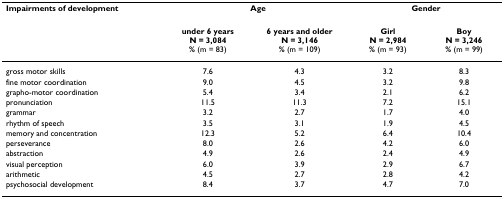
| Impairments of development | <COLSPAN=2> Age | <COLSPAN=2> Gender |
 |  | under 6 years N = 3,084 % (m = 83) | 6 years and older N = 3,146 % (m = 109) | Girl N = 2,984 % (m = 93) | Boy N = 3,246 % (m = 99) |
 | --- | --- | --- | --- | --- |
 | gross motor skills | 7.6 | 4.3 | 3.2 | 8.3 |
 | fine motor coordination | 9.0 | 4.5 | 3.2 | 9.8 |
 | grapho-motor coordination | 5.4 | 3.4 | 2.1 | 6.2 |
 | pronunciation | 11.5 | 11.3 | 7.2 | 15.1 |
 | grammar | 3.2 | 2.7 | 1.7 | 4.0 |
 | rhythm of speech | 3.5 | 3.1 | 1.9 | 4.5 |
 | memory and concentration | 12.3 | 5.2 | 6.4 | 10.4 |
 | perseverance | 8.0 | 2.6 | 4.2 | 6.0 |
 | abstraction | 4.9 | 2.6 | 2.4 | 4.9 |
 | visual perception | 6.0 | 3.9 | 2.9 | 6.7 |
 | arithmetic | 4.5 | 2.7 | 2.8 | 4.2 |
 | psychosocial development | 8.4 | 3.7 | 4.7 | 7.0 |